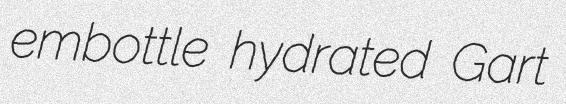
embottle hydrated Gart